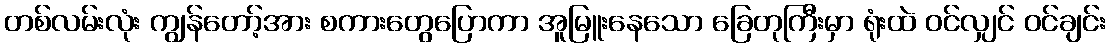
တစ်လမ်းလုံး ကျွန်တော့်အား စကားတွေပြောကာ အူမြူးနေသော ခြေတုကြီးမှာ ရုံးထဲ ဝင်လျှင် ဝင်ချင်း